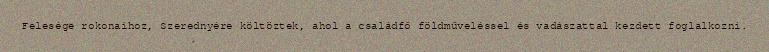
Felesége rokonaihoz, Szerednyére költöztek, ahol a családfő földműveléssel és vadászattal kezdett foglalkozni.